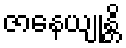
ဇာနေယျုန္တိ